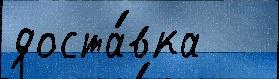
доста́вка